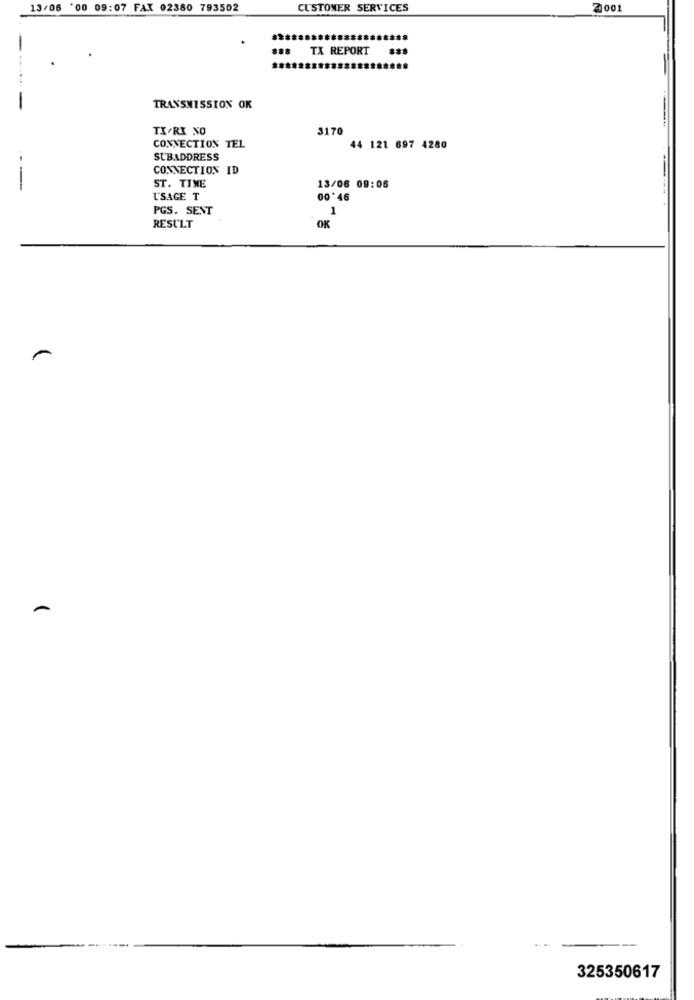
13/06 '00 09:07 FAX 02380 793502
CUSTOMER SERVICES
2001
-
### TX REPORT
........
-
TRANSMISSION OK
TX/RI NO
3170
CONNECTION TEL
44 121 697 4280
SUBADDRESS
CONNECTION ID
ST. TIME
----
13/06 09:06
USAGE T
00*46
PGS. SENT
1
RESULT
OK
---
325350617